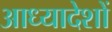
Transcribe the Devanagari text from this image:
आध्यादेशों